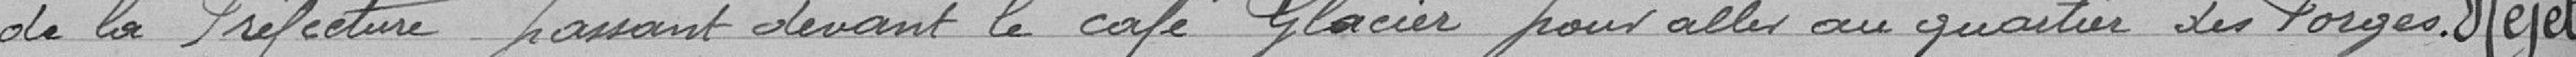
de la Préfecture passant devant le café Glacier pour aller aux quartier des Forges.